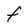
Character: t